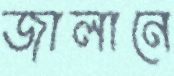
জালানে